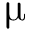
\upmu